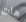
هات